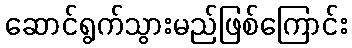
ဆောင်ရွက်သွားမည်ဖြစ်ကြောင်း